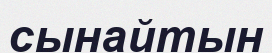
сынайтын